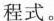
程式。